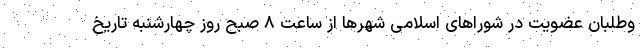
وطلبان عضویت در شوراهای اسلامی شهرها از ساعت ۸ صبح روز چهارشنبه تاریخ